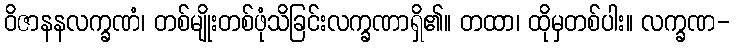
ဝိဇာနနလက္ခဏံ၊ တစ်မျိုးတစ်ဖုံသိခြင်းလက္ခဏာရှိ၏။ တထာ၊ ထိုမှတစ်ပါး။ လက္ခဏ-